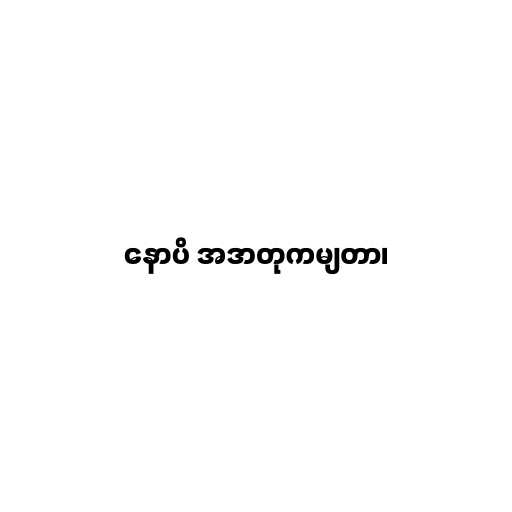
နောပိ အဒာတုကမျတာ၊